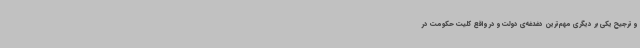
و ترجیح یکی بر دیگری مهم‌ترین دغدغه‌ی دولت و در واقع کلیت حکومت در